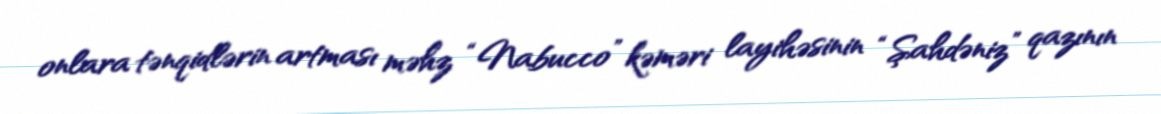
onlara tənqidlərin artması məhz “Nabucco” kəməri layihəsinin “Şahdəniz” qazının